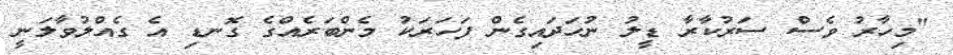
"މިހާރު ވެސް ސަރުކާރާ ޑީލު ނުހަދައިގެން ފަހަރަކު މެންބަރެއްގެ ގޮނޑި އެ ގެއްލުވާލަނީ